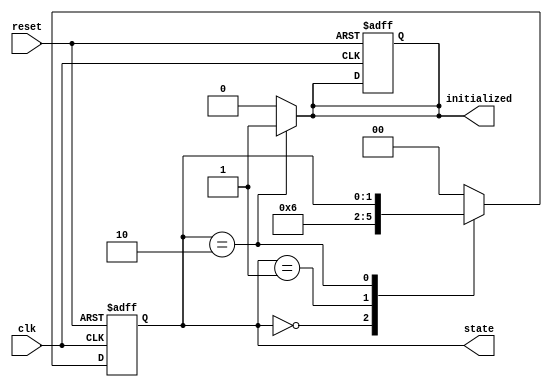
module ClockCycleInitialization (
    input wire clk,          // Clock signal
    input wire reset,        // Asynchronous reset signal
    output reg initialized,  // Output indicating initialization completion
    output reg [1:0] state   // Output representing the current state
);

// State encoding
localparam IDLE          = 2'b00;
localparam INITIALIZING  = 2'b01;
localparam READY         = 2'b10;

// Internal state variable
reg [1:0] current_state, next_state;

// Sequential logic for state transition and output logic
always @(posedge clk or posedge reset) begin
    if (reset) begin
        current_state <= IDLE;           // Reset to IDLE state
        initialized <= 1'b0;             // Reset initialized signal
    end else begin
        current_state <= next_state;     // Transition to next state
    end
end

// Combinatorial logic for next state and output
always @(*) begin
    // Default values
    next_state = current_state;
    initialized = 1'b0;                // Default initialized signal

    case (current_state)
        IDLE: begin
            next_state = INITIALIZING;  // Move to INITIALIZING state
        end
        
        INITIALIZING: begin
            // Initialize necessary registers and outputs here
            // (Insert initialization logic as needed)

            // After initialization is complete
            next_state = READY;          // Move to READY state
        end
        
        READY: begin
            initialized = 1'b1;          // Assert initialized signal
            // Remain in READY state
        end
        
        default: begin
            next_state = IDLE;           // Default case to IDLE
        end
    endcase
end

// Output current state
always @(*) begin
    state = current_state;              // Output current state
end

endmodule